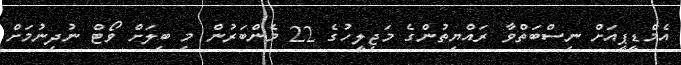
އެމްޑީޕީއަށް ނިސްބަތްވާ ރައްޔިތުންގެ މަޖިލީހުގެ 22 މެންބަރުން މި ބިލަށް ވޯޓް ނުދިނުމަށް